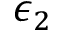
\epsilon _ { 2 }